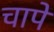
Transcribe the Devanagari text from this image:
चापें